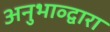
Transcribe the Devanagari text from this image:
अनुभाव्द्वारा